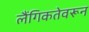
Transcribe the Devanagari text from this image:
लैंगिकतेवरून